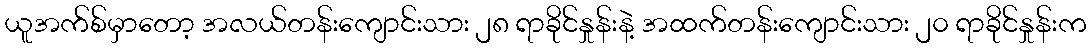
ယူအက်စ်မှာတော့ အလယ်တန်းကျောင်းသား ၂၈ ရာခိုင်နှုန်းနဲ့ အထက်တန်းကျောင်းသား ၂၀ ရာခိုင်နှုန်းက